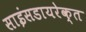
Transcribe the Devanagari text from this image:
साइंसडायरेक्त